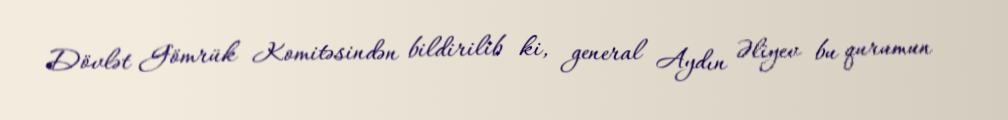
Dövlət Gömrük Komitəsindən bildirilib ki, general Aydın Əliyev bu qurumun